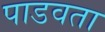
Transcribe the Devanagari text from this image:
पाडवता